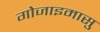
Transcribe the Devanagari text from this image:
गोजाइमासु